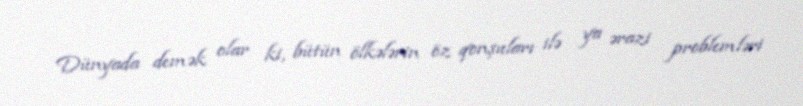
Dünyada demək olar ki, bütün ölkələrin öz qonşuları ilə ya ərazi problemləri